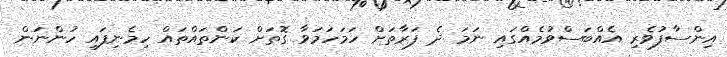
އިންސާފުވެރި އެއްބަސްވުމެއްގައި ނަމަ ދެ ފަރާތަށް ހަމަހަމަވާ ގޮތަށް ކަންތައްތައް ހިމެނިފައި ހުންނަން